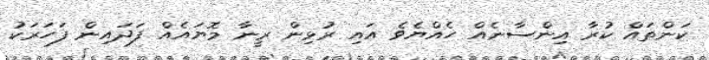
ކަންތައް ކުރާ އިންސާނެއް ހެއްޔެވެ އައި ރުޅިން ރީނާ މޮޔައެއް ފަދައިން ފަހަރަކު